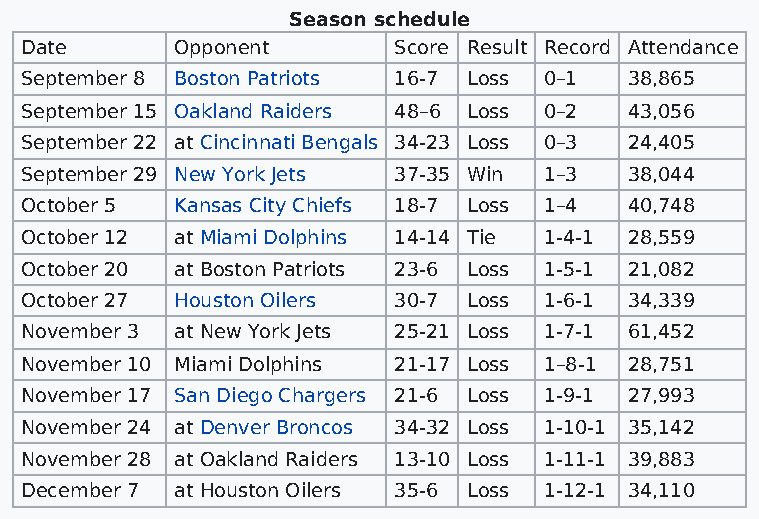
Season schedule
 Date       Opponent      Score Result Record Attendance
 September 8 Boston Patriots 16-7 Loss 0–1 38,865
 September 15 Oakland Raiders 48–6 Loss 0–2 43,056
 September 22 at Cincinnati Bengals 34-23 Loss 0–3 24,405
 September 29 New York Jets 37-35 Win 1–3 38,044
 October 5  Kansas City Chiefs 18-7 Loss 1–4 40,748
 October 12 at Miami Dolphins 14-14 Tie 1-4-1 28,559
 October 20 at Boston Patriots 23-6 Loss 1-5-1 21,082
 October 27 Houston Oilers 30-7 Loss 1-6-1 34,339
 November 3 at New York Jets 25-21 Loss 1-7-1 61,452
 November 10 Miami Dolphins 21-17 Loss 1–8-1 28,751
 November 17 San Diego Chargers 21-6 Loss 1-9-1 27,993
 November 24 at Denver Broncos 34-32 Loss 1-10-1 35,142
 November 28 at Oakland Raiders 13-10 Loss 1-11-1 39,883
 December 7 at Houston Oilers 35-6 Loss 1-12-1 34,110